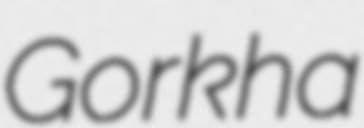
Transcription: Gorkha